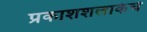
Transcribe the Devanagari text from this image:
प्रकाशशलाकेचे